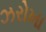
ઝરોખા